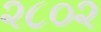
૨૮૦૨